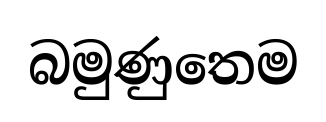
බමුණුතෙම